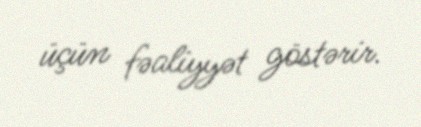
üçün fəaliyyət göstərir.